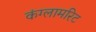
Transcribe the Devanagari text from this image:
कंग्लामरिट